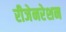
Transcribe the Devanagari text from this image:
रीजेनरेशन